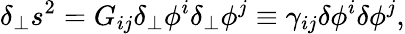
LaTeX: \delta_{\perp}s^{2}=G_{ij}\delta_{\perp}\phi^{i}\delta_{\perp}\phi^{j}\equiv\gamma_{ij}\delta\phi^{i}\delta\phi^{j},